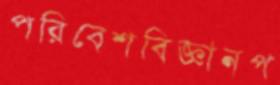
পরিবেশবিজ্ঞানপ